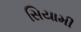
સિયામી